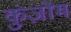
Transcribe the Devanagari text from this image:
कुंज़ोम